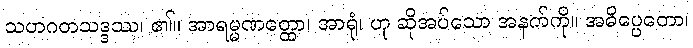
သဟဂတသဒ္ဒဿ၊ ၏။ အာရမ္မဏတ္ထော၊ အာရုံ၊ ဟု ဆိုအပ်သော အနက်ကို။ အဓိပ္ပေတော၊